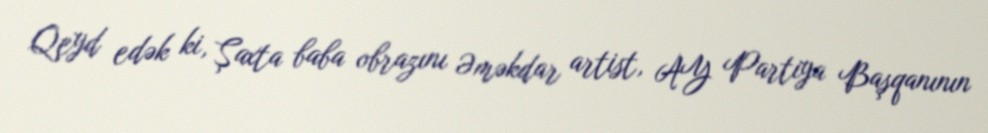
Qeyd edək ki, Şaxta baba obrazını Əməkdar artist, AY Partiya Başqanının